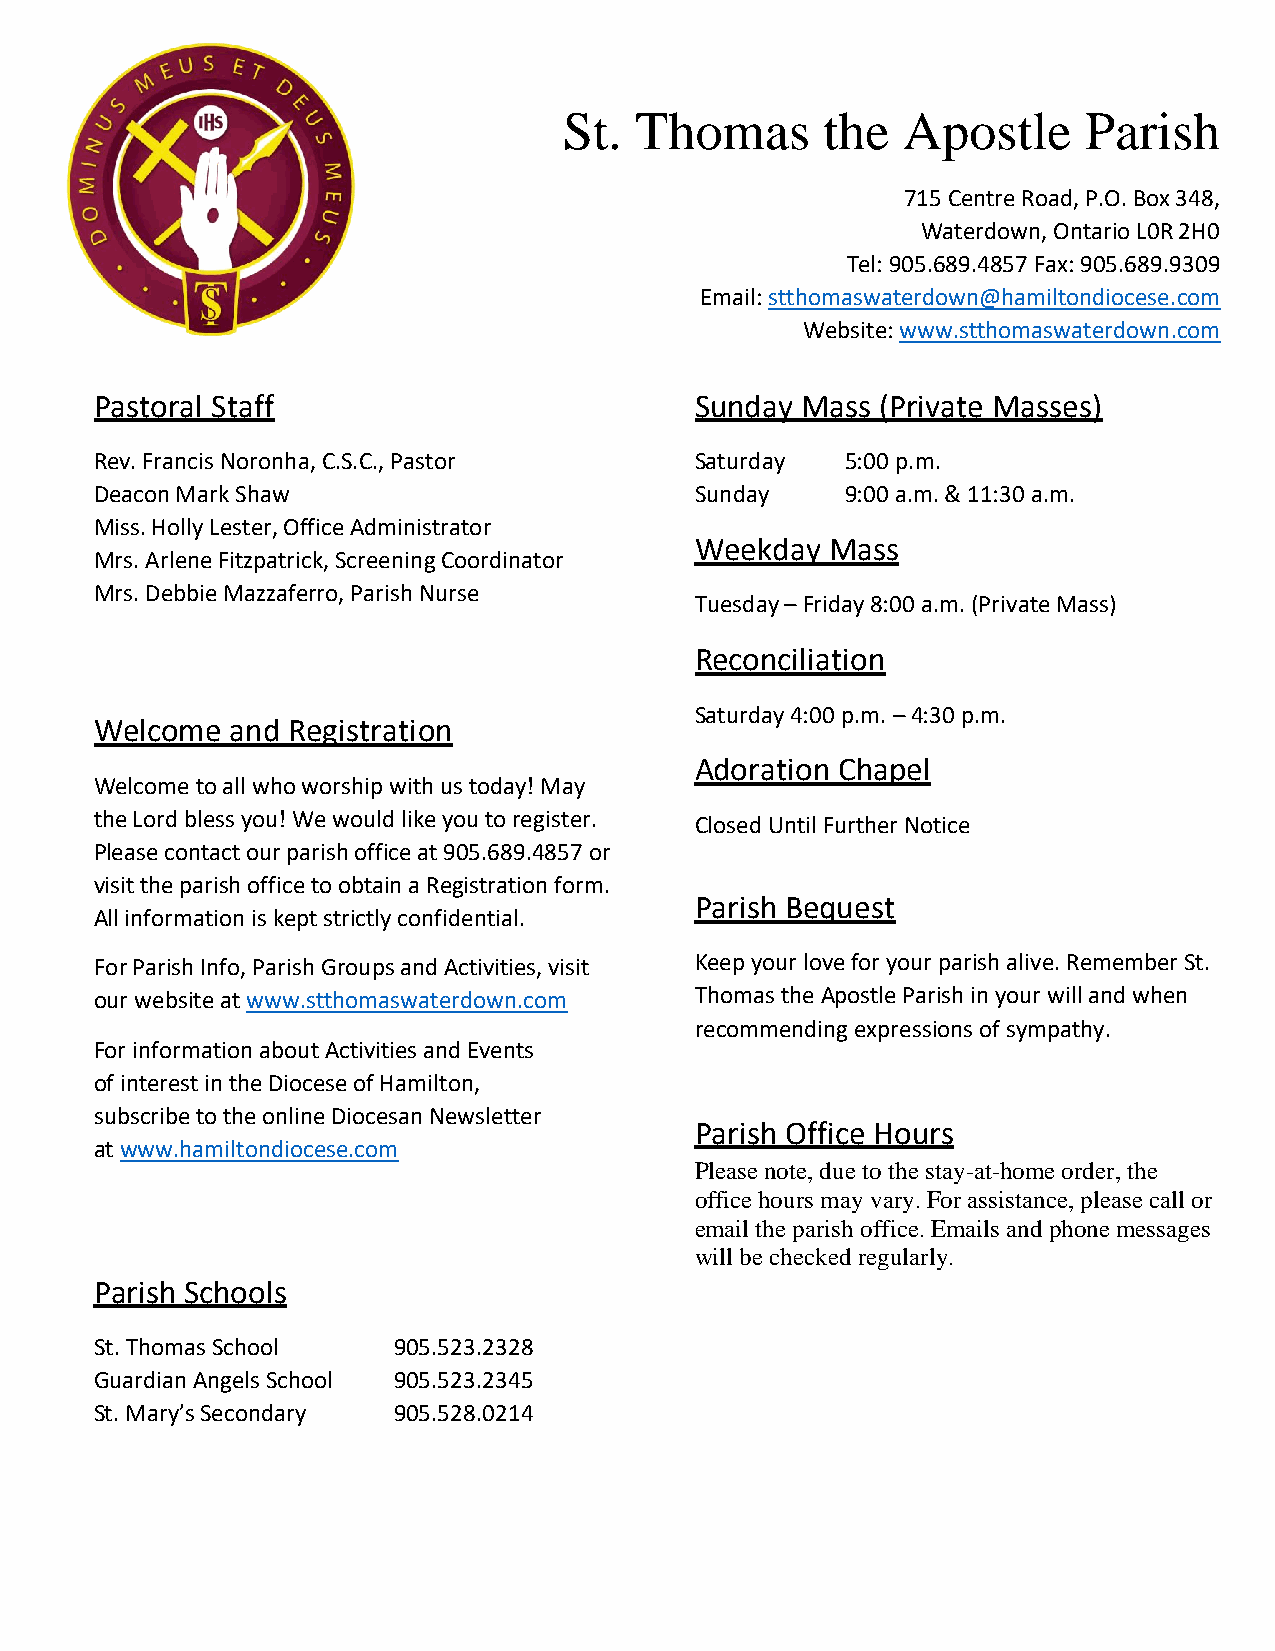
St.  Thomas       the  Apostle     Parish
 715 Centre Road, P.O. Box 348,
 Waterdown, Ontario L0R 2H0
 Tel: 905.689.4857 Fax: 905.689.9309
 Email: stthomaswaterdown@hamiltondiocese.com
 Website: www.stthomaswaterdown.com
 Pastoral Staff                          Sunday Mass (Private Masse s)
 Rev. Francis Noronha, C.S.C., Pastor    Saturday  5:00 p.m.
 Deacon Mark Shaw                        Sunday    9:00 a.m. & 11:30 a.m.
 Miss. Holly Lester, Office Administrator
 Weekday  Mass
 Mrs. Arlene Fitzpatrick, Screening Coordinator
 Mrs. Debbie Mazzaferro, Parish Nurse
 Tuesday – Friday 8:00 a.m. (Private Mass)
 Reconciliation
 Saturday 4:00 p.m. – 4:30 p.m.
 Welcome  and Registration
 Adoration Chapel
 Welcome to all who worship with us today! May
 the Lord bless you! We would like you to register. Closed Until Further Notice
 Please contact our parish office at 905.689.4857 or
 visit the parish office to obtain a Registration form.
 Parish Bequest
 All information is kept strictly confidential.
 For Parish Info, Parish Groups and Activities, visit Keep your love for your parish alive. Remember St.
 our website at www.stthomaswaterdown.com Thomas the Apostle Parish in your will and when
 recommending expressions of sympathy.
 For information about Activities and Events
 of interest in the Diocese of Hamilton,
 subscribe to the online Diocesan Newsletter
 Parish Office Hours
 at www.hamiltondiocese.com
 Please note, due to the stay-at-home order, the
 office hours may vary. For assistance, please call or
 email the parish office. Emails and phone messages
 will be checked regularly.
 Parish Schools
 St. Thomas School   905.523.2328
 Guardian Angels School 905.523.2345
 St. Mary’s Secondary 905.528.0214